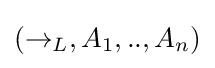
(\rightarrow _{L},A_{1},..,A_{n})